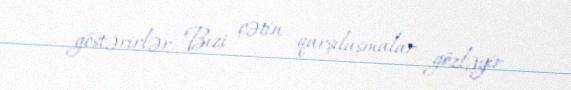
göstərirlər: "Bizi çətin qarşılaşmalar gözləyir.